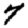
Digit: 7